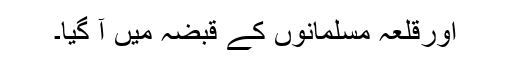
اورقلعہ مسلمانوں کے قبضہ میں آ گیا۔